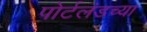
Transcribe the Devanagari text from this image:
पोर्टलंडच्या